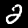
Digit: 2